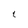
Character: 1